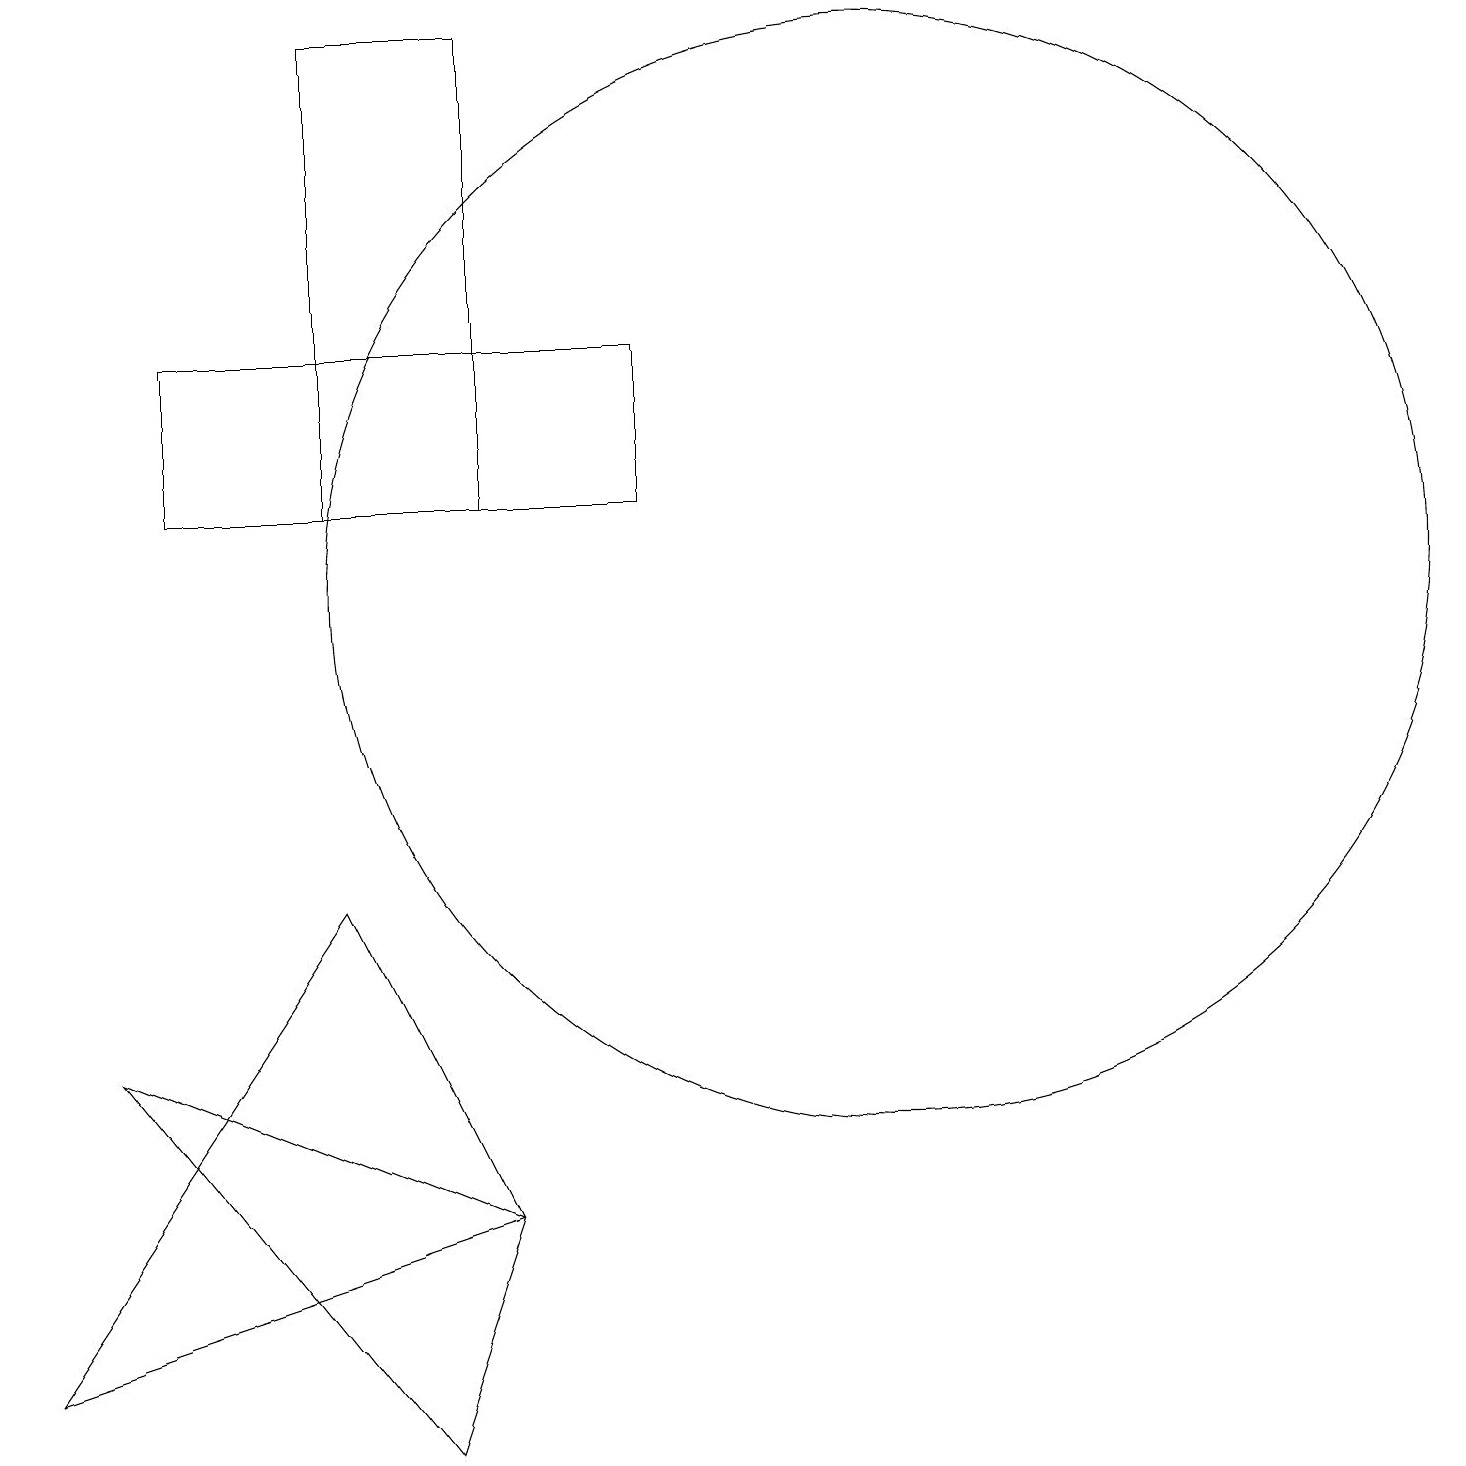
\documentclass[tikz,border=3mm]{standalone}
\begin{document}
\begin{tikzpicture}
\draw (11,11) circle (7);
\draw (1,5) -- (5,0) -- (6,3) -- cycle;
\draw (6,12) rectangle (4,18);
\draw (2,14) rectangle (8,12);
\draw (6,3) -- (4,7) -- (0,1) -- cycle;
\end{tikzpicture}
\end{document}